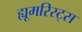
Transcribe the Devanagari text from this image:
ह्यूमरिस्ट्स